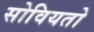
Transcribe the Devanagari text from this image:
सोवियतो